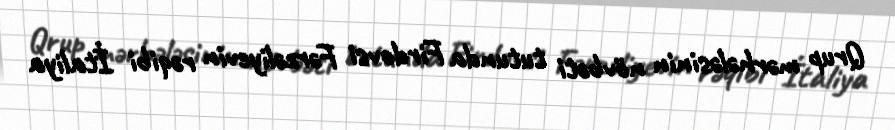
Qrup mərhələsinin növbəti tutunda Firdovsi Fərzəliyevin rəqibi İtaliya